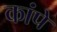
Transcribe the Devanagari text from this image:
कांपे